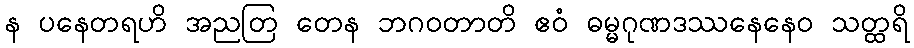
န ပနေတရဟိ အညတြ တေန ဘဂဝတာတိ ဧဝံ ဓမ္မဂုဏဒဿနေနေဝ သတ္ထရိ